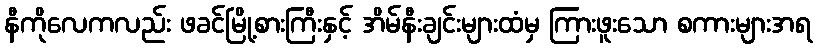
နီကိုလေကလည်း ဖခင်မြို့စားကြီးနှင့် အိမ်နီးချင်းများထံမှ ကြားဖူးသော စကားများအရ